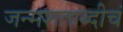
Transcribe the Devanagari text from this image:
जन्मशताब्दीचं